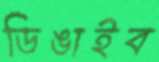
ডিঙাইব